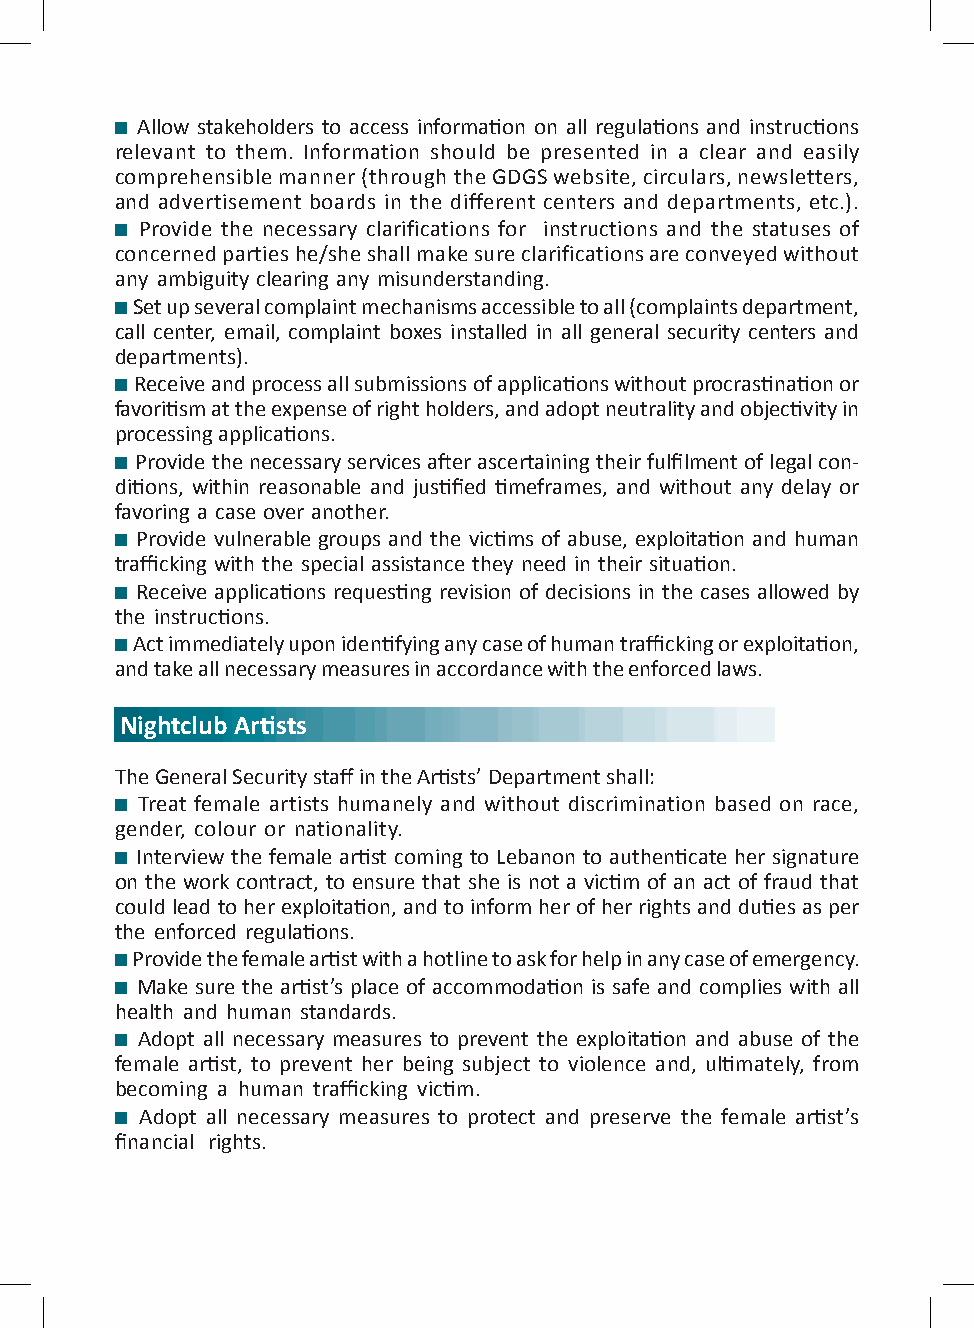
Allow stakeholders to access information on all regulations and instructions
 relevant to them. Information should be presented in a clear and easily
 comprehensible manner (through the GDGS website, circulars, newsletters,
 and advertisement boards in the different centers and departments, etc.).
 Provide the necessary clarifications for instructions and the statuses of
 concerned parties he/she shall make sure clarifications are conveyed without
 any ambiguity clearing any misunderstanding.
 Set up several complaint mechanisms accessible to all (complaints department,
 call center, email, complaint boxes installed in all general security centers and
 departments).
 Receive and process all submissions of applications without procrastination or
 favoritism at the expense of right holders, and adopt neutrality and objectivity in
 processing applications.
 Provide the necessary services after ascertaining their fulfilment of legal con-
 ditions, within reasonable and justified timeframes, and without any delay or
 favoring a case over another.
 Provide vulnerable groups and the victims of abuse, exploitation and human
 trafficking with the special assistance they need in their situation.
 Receive applications requesting revision of decisions in the cases allowed by
 the instructions.
 Act immediately upon identifying any case of human trafficking or exploitation,
 and take all necessary measures in accordance with the enforced laws.
 Nightclub Artists
 The General Security staff in the Artists’ Department shall:
 Treat female artists humanely and without discrimination based on race,
 gender, colour or nationality.
 Interview the female artist coming to Lebanon to authenticate her signature
 on the work contract, to ensure that she is not a victim of an act of fraud that
 could lead to her exploitation, and to inform her of her rights and duties as per
 the enforced regulations.
 Provide the female artist with a hotline to ask for help in any case of emergency.
 Make sure the artist’s place of accommodation is safe and complies with all
 health and human standards.
 Adopt all necessary measures to prevent the exploitation and abuse of the
 female artist, to prevent her being subject to violence and, ultimately, from
 becoming a human trafficking victim.
 Adopt all necessary measures to protect and preserve the female artist’s
 financial rights.